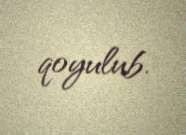
qoyulub.